Report of the veterinary officer investigating camel disease
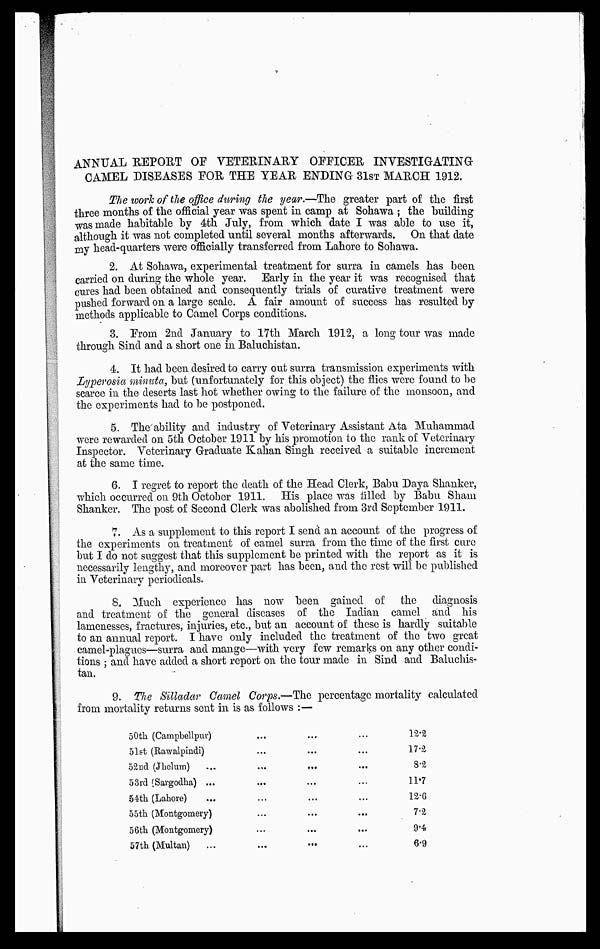
ANNUAL REPORT OF VETERINARY OFFICER INVESTIGATING
CAMEL DISEASES FOR THE YEAR ENDING 31ST MARCH 1912.
The work of the office during the year.—The greater part of the first
three months of the official year was spent in camp at Sohawa ; the building
was made habitable by 4th July, from which date I was able to use it,
although it was not completed until several months afterwards. On that date
my head-quarters were officially transferred from Lahore to Sohawa.
2. At Sohawa, experimental treatment for surra in camels has been
carried on during the whole year. Early in the year it was recognised that
cures had been obtained and consequently trials of curative treatment were
pushed forward on a large scale. A fair amount of success has resulted by
methods applicable to Camel Corps conditions.
3. From 2nd January to 17th March 1912, a long tour was made
through Sind and a short one in Baluchistan.
4. It had been desired to carry out surra transmission experiments with
Lyperosia minuta, but (unfortunately for this object) the flics were found to be
scarce in the deserts last hot whether owing to the failure of the monsoon, and
the experiments had to be postponed.
5. The ability and industry of Veterinary Assistant Ata Muhammad
were rewarded on 5th October 1911 by his promotion to the rank of Veterinary
Inspector. Veterinary Graduate Kahan Singh received a suitable increment
at the same time.
6. I regret to report the death of the Head Clerk, Babu Daya Shanker,
which occurred on 9th October 1911. His place was filled by Babu Sham
Shanker. The post of Second Clerk was abolished from 3rd September 1911.
7. As a supplement to this report I send an account of the progress of
the experiments on treatment of camel surra from the time of the first cure
but I do not suggest that this supplement be printed with the report as it is
necessarily lengthy, and moreover part has been, and the rest will be published
in Veterinary periodicals.
8. Much experience has now been gained of the diagnosis
and treatment of the general diseases of the Indian camel and his
lamenesses, fractures, injuries, etc., but an account of these is hardly suitable
to an annual report. I have only included the treatment of the two great
camel-plagues—surra and mange—with very few remarks on any other condi-
tions ; and have added a short report on the tour made in Sind and Baluchis-
tan.
9. The Silladar Camel Corps.—The percentage mortality calculated
from mortality returns sent in is as follows :—
50th (Campbellpur)
51st (Rawalpindi)
52nd (Jhelum) ...
53rd (Sargodha) ...
54th (Lahore) ...
55th (Montgomery)
56th (Montgomery)
57th (Multan)
...
...
...
...
...
...
...
...
...
...
...
...
...
...
...
...
...
...
...
...
...
...
...
...
...
12.2
17.2
8.2
11.7
12.6
7.2
9.4
6.9